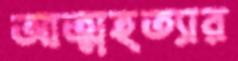
আত্মহত্যার